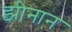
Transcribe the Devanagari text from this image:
झीनान